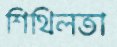
শিথিলতা